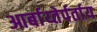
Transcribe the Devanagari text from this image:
आर्बाय्तेर्पर्ताय